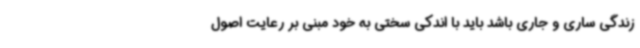
زندگی ساری و جاری باشد باید با اندکی سختی به خود مبنی بر رعایت اصول